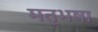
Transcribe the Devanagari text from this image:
मतृभषा